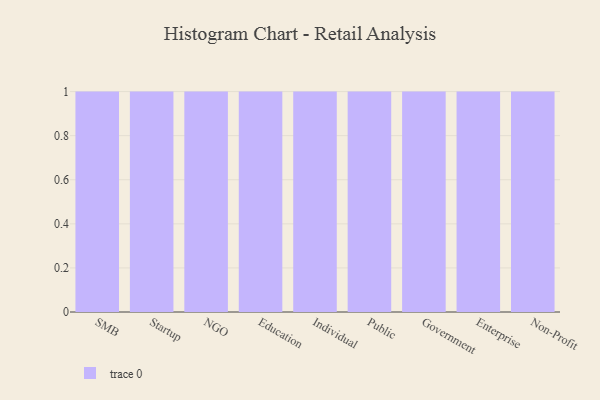
{"axis": {"x": "Segment", "y": "Net Income (USD K)"}, "legend": [""], "data": [{"x": "SMB", "y": 69, "type": ""}, {"x": "Startup", "y": 64, "type": ""}, {"x": "NGO", "y": 95, "type": ""}, {"x": "Education", "y": 13, "type": ""}, {"x": "Individual", "y": 40, "type": ""}, {"x": "Public", "y": 77, "type": ""}, {"x": "Government", "y": 31, "type": ""}, {"x": "Enterprise", "y": 16, "type": ""}, {"x": "Non-Profit", "y": 87, "type": ""}]}